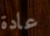
عادة